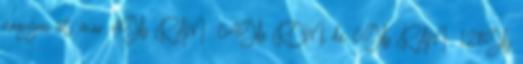
nagyon üt, már 4Gb RAM 64Gb ROM, de 6Gb RAM 128Gb